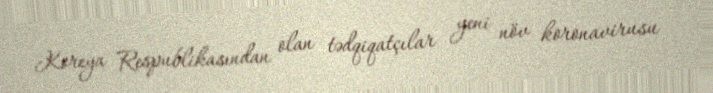
Koreya Respublikasından olan tədqiqatçılar yeni növ koronavirusu